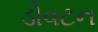
ડોવટન